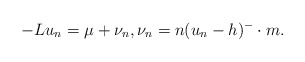
\begin{align*}-Lu_n=\mu+\nu_n,\nu_n=n(u_n-h)^-\cdot m.\end{align*}